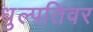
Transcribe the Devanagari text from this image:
धुल्पतिवर